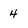
Character: 4